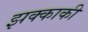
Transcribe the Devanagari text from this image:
झक्काकी